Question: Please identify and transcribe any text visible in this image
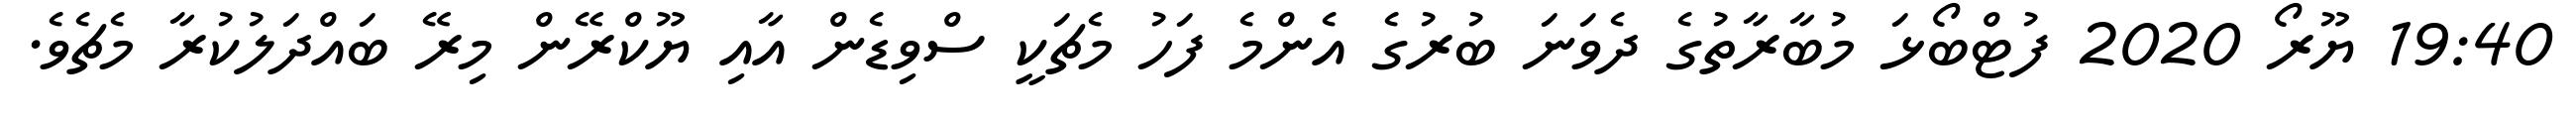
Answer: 19:40 ޔޫރޯ 2020 ފުޓްބޯޅަ މުބާރާތުގެ ދެވަނަ ބުރުގެ އެންމެ ފަހު މެޗަކީ ސްވިޑެން އާއި ޔޫކްރޭން މިރޭ ބައްދަލުކުރާ މެޗެވެ.